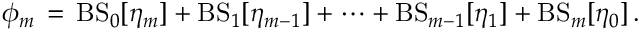
\phi _ { m } \, = \, \mathrm { B S } _ { 0 } [ \eta _ { m } ] + \mathrm { B S } _ { 1 } [ \eta _ { m - 1 } ] + \dots + \mathrm { B S } _ { m - 1 } [ \eta _ { 1 } ] + \mathrm { B S } _ { m } [ \eta _ { 0 } ] \, .